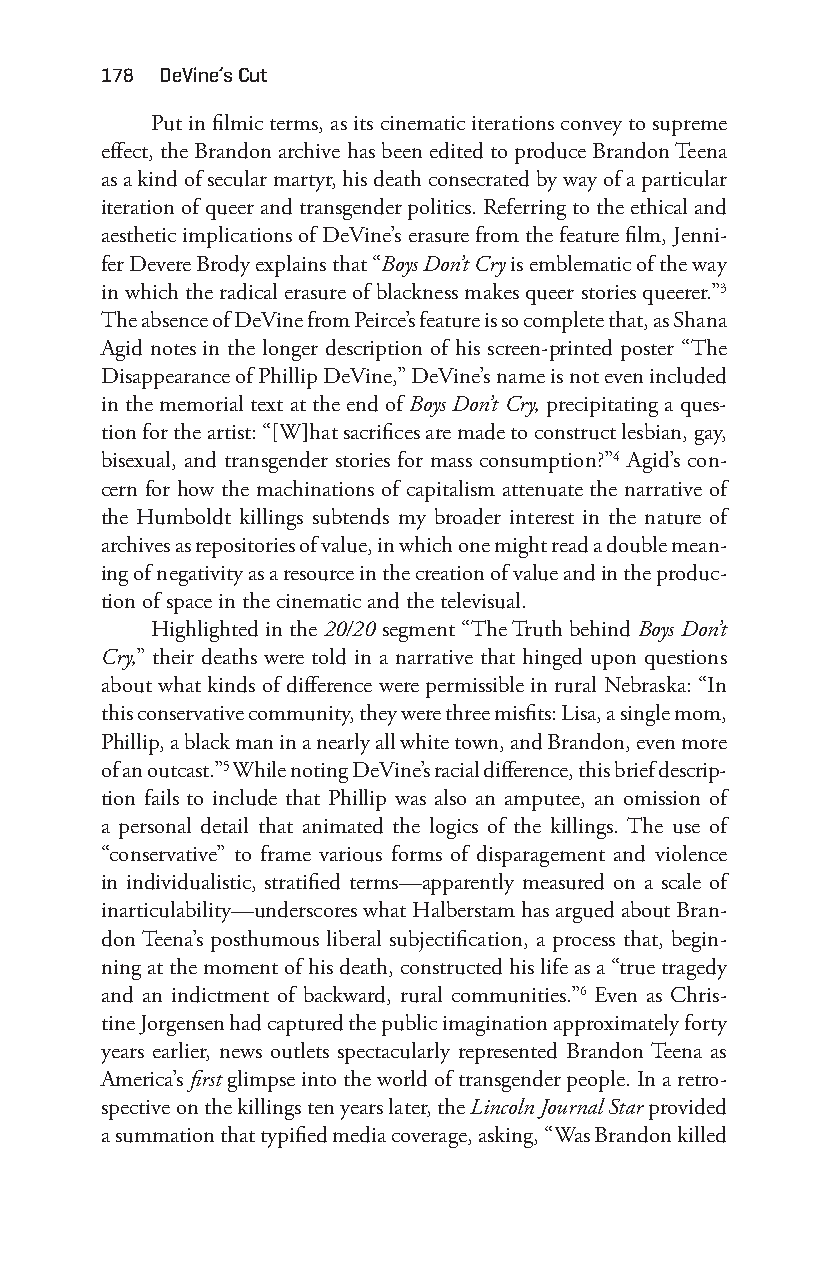
178 deVine’s cut
 Put in filmic terms, as its cinematic iterations convey to supreme
 effect, the Brandon archive has been edited to produce Brandon Teena
 as a kind of secular martyr, his death consecrated by way of a particular
 iteration of queer and transgender politics. Referring to the ethical and
 aesthetic implications of DeVine’s erasure from the feature film, Jenni-
 fer Devere Brody explains that “Boys Don’t Cry is emblematic of the way
 in which the radical erasure of blackness makes queer stories queerer.”3
 The absence of DeVine from Peirce’s feature is so complete that, as Shana
 Agid notes in the longer description of his screen- printed poster “The
 Disappearance of Phillip DeVine,” DeVine’s name is not even included
 in the memorial text at the end of Boys Don’t Cry, precipitating a ques-
 tion for the artist: “[W]hat sacrifices are made to construct lesbian, gay,
 bisexual, and transgender stories for mass consumption?”4 Agid’s con-
 cern for how the machinations of capitalism attenuate the narrative of
 the Humboldt killings subtends my broader interest in the nature of
 archives as repositories of value, in which one might read a double mean-
 ing of negativity as a resource in the creation of value and in the produc-
 tion of space in the cinematic and the televisual.
 Highlighted in the 20/20 segment “The Truth behind Boys Don’t
 Cry,” their deaths were told in a narrative that hinged upon questions
 about what kinds of difference were permissible in rural Nebraska: “In
 this conservative community, they were three misfits: Lisa, a single mom,
 Phillip, a black man in a nearly all white town, and Brandon, even more
 of an outcast.”5 While noting DeVine’s racial difference, this brief descrip-
 tion fails to include that Phillip was also an amputee, an omission of
 a personal detail that animated the logics of the killings. The use of
 “conservative” to frame various forms of disparagement and violence
 in individualistic, stratified terms— apparently measured on a scale of
 inarticulability— underscores what Halberstam has argued about Bran-
 don Teena’s posthumous liberal subjectification, a process that, begin-
 ning at the moment of his death, constructed his life as a “true tragedy
 and an indictment of backward, rural communities.”6 Even as Chris-
 tine Jorgensen had captured the public imagination approximately forty
 years earlier, news outlets spectacularly represented Brandon Teena as
 America’s first glimpse into the world of transgender people. In a retro-
 spective on the killings ten years later, the Lincoln Journal Star provided
 a summation that typified media coverage, asking, “Was Brandon killed
 Snorton.indd 178                            29/09/2017 8:41:09 AM